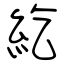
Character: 紇